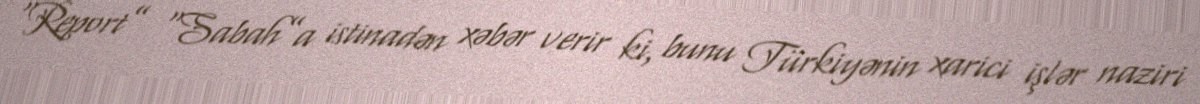
“Report” “Sabah”a istinadən xəbər verir ki, bunu Türkiyənin xarici işlər naziri